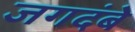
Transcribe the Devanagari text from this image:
जगदंबे